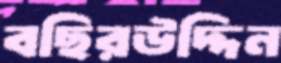
বছিরউদ্দিন